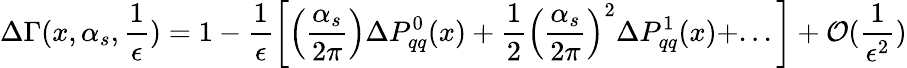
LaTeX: \Delta\Gamma(x,\alpha_{s},\frac{1}{\epsilon})=1-\frac{1}{\epsilon}\left[\left(\frac{\alpha_{s}}{2\pi}\right)\Delta P_{qq}^{0}(x)+\frac{1}{2}\left(\frac{\alpha_{s}}{2\pi}\right)^{2}\Delta P_{qq}^{1}(x)+...\right]+{\cal O}(\frac{1}{\epsilon^{2}})